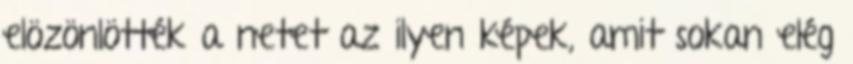
elözönlötték a netet az ilyen képek, amit sokan elég